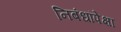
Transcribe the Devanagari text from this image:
निबंधांपेक्षा